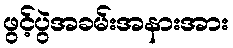
ဖွင့်ပွဲအခမ်းအနားအား